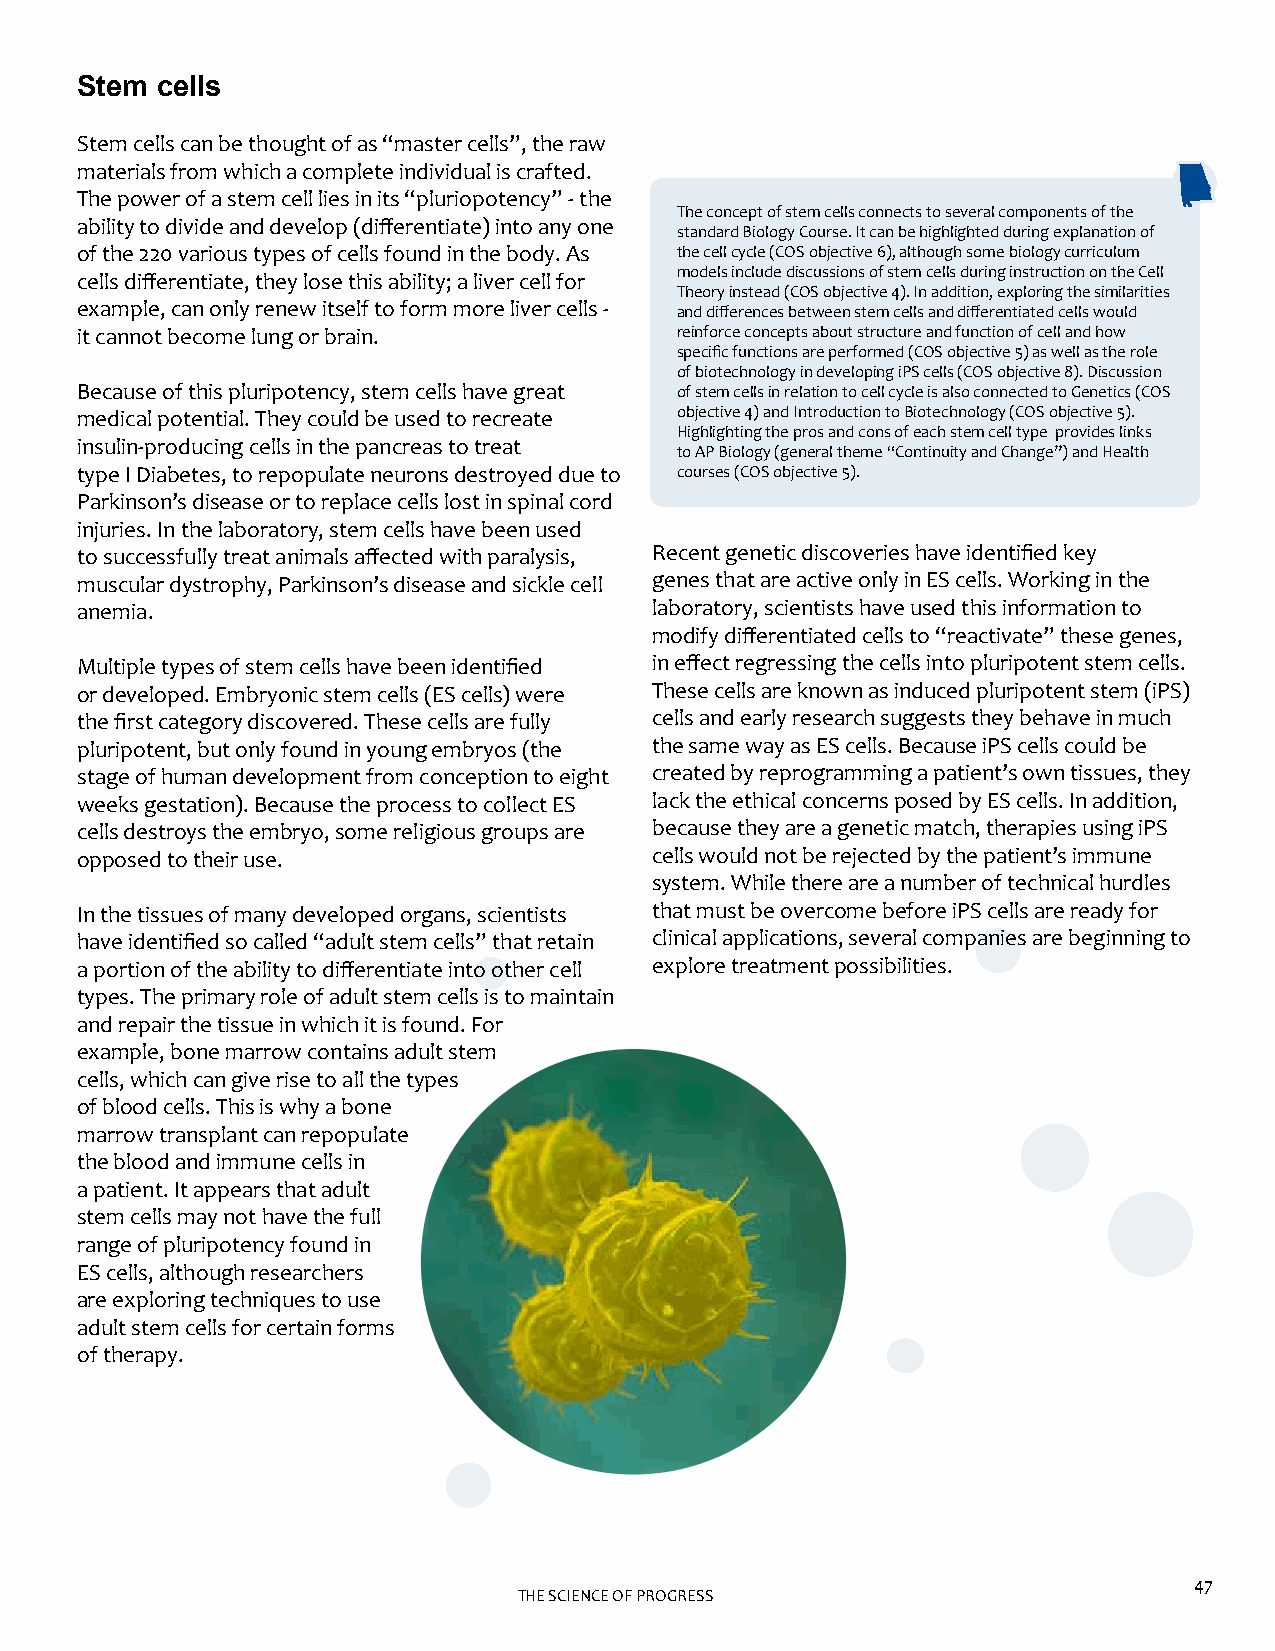
Stem cells
 Stem cells can be thought of as “master cells”, the raw
 materials from which a complete individual is crafted.
 The power of a stem cell lies in its “pluriopotency” - the
 The concept of stem cells connects to several components of the
 ability to divide and develop (differentiate) into any one
 standard Biology Course. It can be highlighted during explanation of
 of the 220 various types of cells found in the body. As the cell cycle (COS objective 6), although some biology curriculum
 models include discussions of stem cells during instruction on the Cell
 cells differentiate, they lose this ability; a liver cell for
 Theory instead (COS objective 4). In addition, exploring the similarities
 example, can only renew itself to form more liver cells - and differences between stem cells and differentiated cells would
 it cannot become lung or brain.         reinforce concepts about structure and function of cell and how
 specific functions are performed (COS objective 5) as well as the role
 of biotechnology in developing iPS cells (COS objective 8). Discussion
 Because of this pluripotency, stem cells have great of stem cells in relation to cell cycle is also connected to Genetics (COS
 medical potential. They could be used to recreate objective 4) and Introduction to Biotechnology (COS objective 5).
 Highlighting the pros and cons of each stem cell type provides links
 insulin-producing cells in the pancreas to treat
 to AP Biology (general theme “Continuity and Change”) and Health
 type I Diabetes, to repopulate neurons destroyed due to courses (COS objective 5).
 Parkinson’s disease or to replace cells lost in spinal cord
 injuries. In the laboratory, stem cells have been used
 to successfully treat animals affected with paralysis, Recent genetic discoveries have identified key
 muscular dystrophy, Parkinson’s disease and sickle cell genes that are active only in ES cells. Working in the
 anemia.                               laboratory, scientists have used this information to
 modify differentiated cells to “reactivate” these genes,
 Multiple types of stem cells have been identified in effect regressing the cells into pluripotent stem cells.
 or developed. Embryonic stem cells (ES cells) were These cells are known as induced pluripotent stem (iPS)
 the first category discovered. These cells are fully cells and early research suggests they behave in much
 pluripotent, but only found in young embryos (the the same way as ES cells. Because iPS cells could be
 stage of human development from conception to eight created by reprogramming a patient’s own tissues, they
 weeks gestation). Because the process to collect ES lack the ethical concerns posed by ES cells. In addition,
 cells destroys the embryo, some religious groups are because they are a genetic match, therapies using iPS
 opposed to their use.                 cells would not be rejected by the patient’s immune
 system. While there are a number of technical hurdles
 In the tissues of many developed organs, scientists that must be overcome before iPS cells are ready for
 have identified so called “adult stem cells” that retain clinical applications, several companies are beginning to
 a portion of the ability to differentiate into other cell explore treatment possibilities.
 types. The primary role of adult stem cells is to maintain
 and repair the tissue in which it is found. For
 example, bone marrow contains adult stem
 cells, which can give rise to all the types
 of blood cells. This is why a bone
 marrow transplant can repopulate
 the blood and immune cells in
 a patient. It appears that adult
 stem cells may not have the full
 range of pluripotency found in
 ES cells, although researchers
 are exploring techniques to use
 adult stem cells for certain forms
 of therapy.
 47
 THE SCIENCE OF PROGRESS